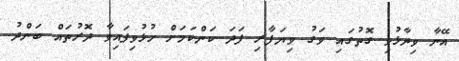
އޭނާ ވިދާޅުވި ގޮތުގައި ވަގު ވިޔަފާރި ފަދަ ކަންކަމަށް ހުޅުވިފައިވާ ދޮރުތައް ބަންދު